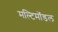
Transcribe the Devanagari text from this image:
मल्टिमॉडल